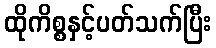
ထိုကိစ္စနှင့်ပတ်သက်ပြီး